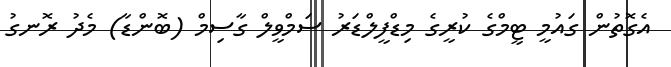
އެގޮތުން ގައުމީ ޓީމްގެ ކުރީގެ މިޑްފީލްޑަރު ސަމްވީލް ގާސިމް (ބޮންޑާ) މެދު ރޮނގު